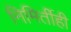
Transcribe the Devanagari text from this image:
निमिर्तीही